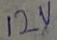
Text: 12V